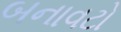
બનાવટો